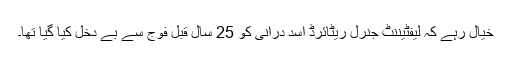
خیال رہے کہ لیفٹیننٹ جنرل ریٹائرڈ اسد درانی کو 25 سال قبل فوج سے بے دخل کیا گیا تھا۔